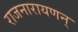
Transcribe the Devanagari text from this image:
राजनारायणन्